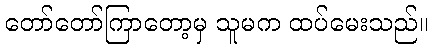
တော်တော်ကြာတော့မှ သူမက ထပ်မေးသည်။